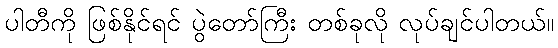
ပါတီကို ဖြစ်နိုင်ရင် ပွဲတော်ကြီး တစ်ခုလို လုပ်ချင်ပါတယ်။